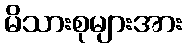
မိသားစုများအား